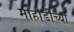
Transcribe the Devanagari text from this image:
मोहोडीच्या